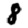
Digit: 8